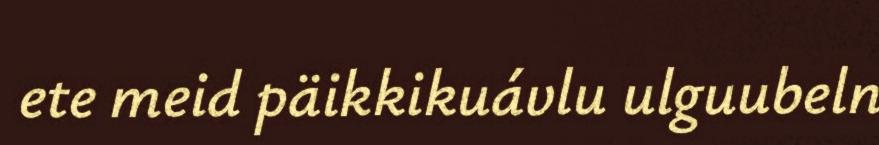
ete meid päikkikuávlu ulguubeln